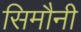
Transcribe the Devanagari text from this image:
सिमौनी